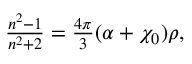
\begin{array} { r } { \frac { n ^ { 2 } - 1 } { n ^ { 2 } + 2 } = \frac { 4 \pi } { 3 } ( \alpha + \chi _ { 0 } ) \rho , } \end{array}